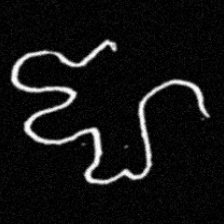
Pyu character \u2014 Myanmar letter: ဈ (romanized: jha)